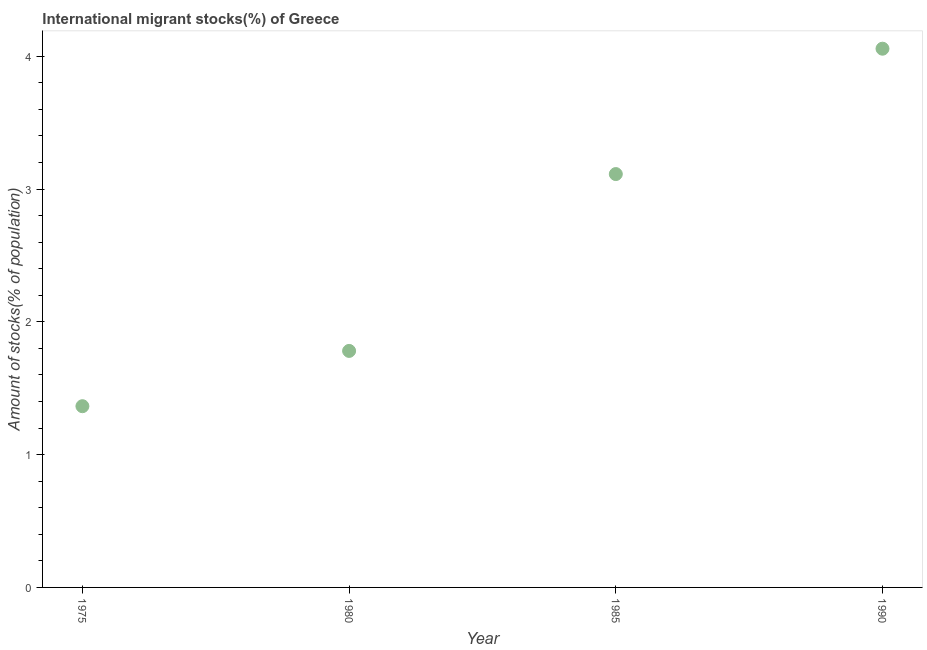
| Year | International migrant stock |
 | --- | --- |
 | 1975 | 1.36 |
 | 1980 | 1.78 |
 | 1985 | 3.11 |
 | 1990 | 4.06 |